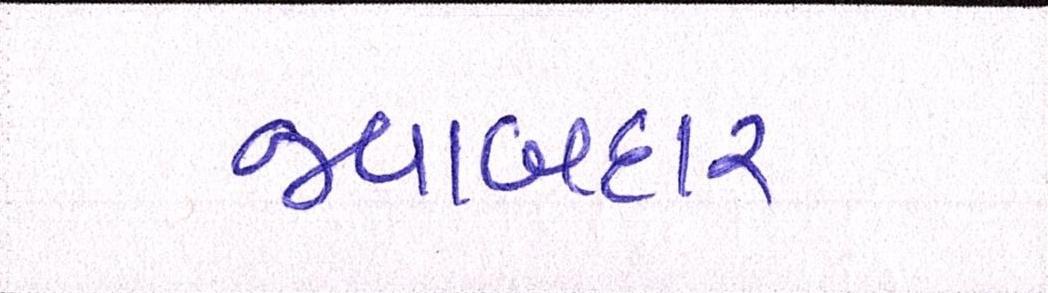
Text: જવાબદાર